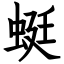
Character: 蜓